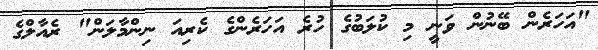
"އަހަރެން ބޭނުން ވަނީ މި ކުލަބުގެ ހުރެ އަަހަރެންގެ ކެރިއަ ނިންމާލަން" ރެއާލްގެ